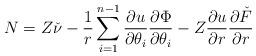
LaTeX: \begin{align*}N = Z \check{\nu} - \frac{1}{r}\sum_{i=1}^{n-1}\frac{\partial u}{\partial \theta_i} \frac{\partial \Phi}{\partial \theta_i} - Z\frac{\partial u}{\partial r} \frac{\partial\check{F}}{ \partial r}\end{align*}